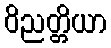
ဝိညတ္တိယာ